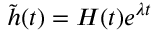
\tilde { h } ( t ) = H ( t ) e ^ { \lambda t }